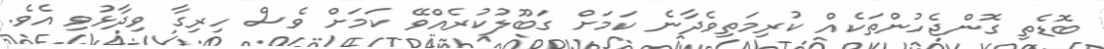
ބޮޑެތި ގޮންޖެހުންތަކެއް ކުރިމަތިވެދާނެ ކަމަށް ގަބޫލުކުރެއްވޭ ކަމަށް ވެސް ހިރިގާ ވިދާޅުވި އެވެ.